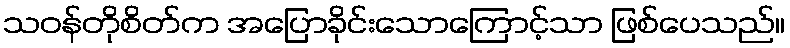
သဝန်တိုစိတ်က အပြောခိုင်းသောကြောင့်သာ ဖြစ်ပေသည်။